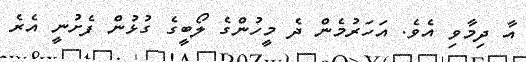
އާ ދިމާވި އެވެ. އަހަރުމެން ދެ މީހުންގެ ލޯބީގެ ގުޅުން ފެށުނީ އެރެ